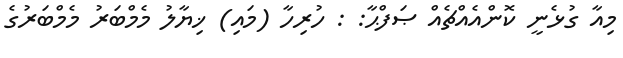
މިއާ ގުޅެނީ ކޮންއެއްޗެއް ޞަފްޙާ: : ހުރިހާ (މައި) ޚިޔާލު މެމްބަރު މެމްބަރުގެ